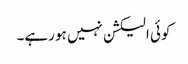
کوئی الیکشن نہیں ہو رہے۔